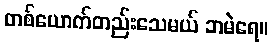
တစ်ယောက်တည်းသေမယ် ဘမဲရေ။